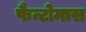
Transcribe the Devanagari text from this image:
फैन्टोमास